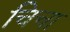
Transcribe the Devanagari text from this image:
चिचा